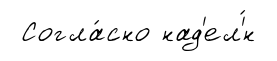
Согла́сно над'ел'́н